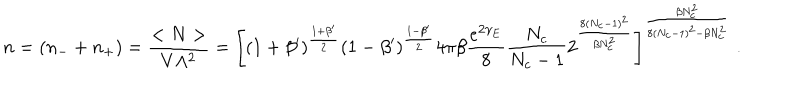
n = ( n _ { - } + n _ { + } ) = \frac { < N > } { V \Lambda ^ { 2 } } = \Bigg [ ( 1 + \beta ^ { \prime } ) ^ { \frac { 1 + \beta ^ { \prime } } { 2 } } ( 1 - \beta ^ { \prime } ) ^ { \frac { 1 - \beta ^ { \prime } } { 2 } } 4 \pi \beta \frac { e ^ { 2 \gamma _ { E } } } { 8 } \frac { N _ { c } } { N _ { c } - 1 } 2 ^ { \frac { 8 ( N _ { c } - 1 ) ^ { 2 } } { \beta N _ { c } ^ { 2 } } } \Bigg ] ^ { \frac { \beta N _ { c } ^ { 2 } } { 8 ( N _ { c } - 1 ) ^ { 2 } - \beta N _ { c } ^ { 2 } } } \; .